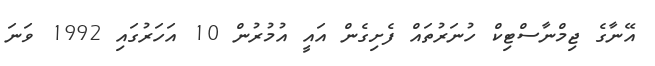
އޭނާގެ ޖިމްނާސްޓިކް ހުނަރުތައް ފެށިގެން އައީ އުމުރުން 10 އަހަރުގައި 1992 ވަނަ